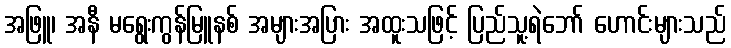
အဖြူ၊ အနီ မရွေးကွန်မြူနစ် အများအပြား အထူးသဖြင့် ပြည်သူ့ရဲဘော် ဟောင်းများသည်